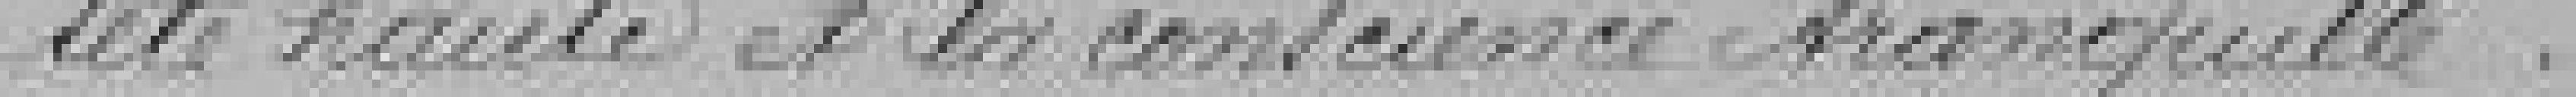
tête haute et la conscience tranquille.